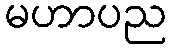
မဟာပည